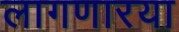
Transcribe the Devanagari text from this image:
लागणारया